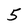
Character: 5